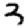
Digit: 3